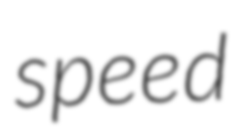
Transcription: speed